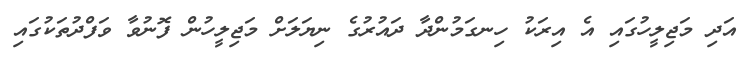
އަދި މަޖިލީހުގައި އެ އިރަކު ހިނގަމުންދާ ދައުރުގެ ނިޔަލަށް މަޖިލީހުން ފޮނުވާ ވަފްދުތަކުގައި